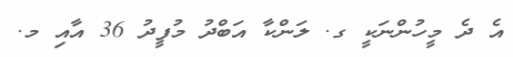
އެ ދެ މީހުންނަކީ ގ. ލަންކާ އަބްދު މުފީދު 36 އާއި މ.